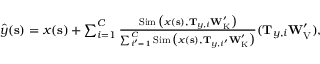
\begin{array} { r } { \boldsymbol { { \widehat { y } } } ( \mathbf { s } ) = \boldsymbol { x } ( \mathbf { s } ) + \sum _ { i = 1 } ^ { C } \frac { \operatorname { S i m } \big ( \boldsymbol { x } ( \mathbf { s } ) , \mathbf { T } _ { \boldsymbol { y } , i } \mathbf { W } _ { \mathrm { K } } ^ { \prime } \big ) } { \sum _ { i ^ { \prime } = 1 } ^ { C } \operatorname { S i m } \big ( \boldsymbol { x } ( \mathbf { s } ) , \mathbf { T } _ { \boldsymbol { y } , i ^ { \prime } } \mathbf { W } _ { \mathrm { K } } ^ { \prime } \big ) } ( \mathbf { T } _ { \boldsymbol { y } , i } \mathbf { W } _ { \mathrm { V } } ^ { \prime } ) , } \end{array}